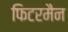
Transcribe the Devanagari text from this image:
फिटरमैन